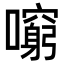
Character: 𡃕